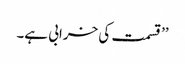
’’ قسمت کی خرابی ہے۔